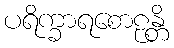
ပရိက္ခာရစောဠန္တိ